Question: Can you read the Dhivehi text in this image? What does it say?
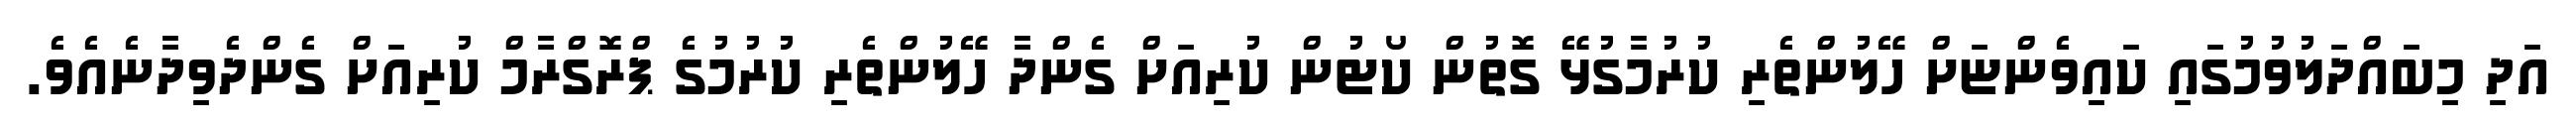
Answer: އަދި މިބައްދަލުވުމުގައި ކައިވެންޏަށް ހޭލުންތެރި ކުރުމާގުޅޭ ގޮތުން ކޯޓުން ކުރިއަށް ގެންދާ ހޭލުންތެރި ކުރުމުގެ ޕްރޮގްރާމް ކުރިއަށް ގެންދެވިދާނެއެވެ.